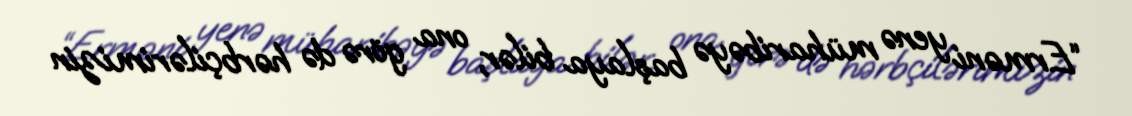
“Erməni yenə müharibəyə başlaya bilər, ona görə də hərbçilərimizin